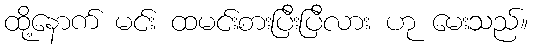
ထို့နောက် မင်း ထမင်းစားပြီးပြီလား ဟု မေးသည်။